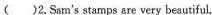
( )2.Sam's stamps are very beautiful.